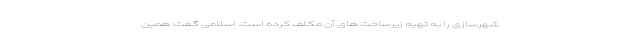
شهرسازی را به تهیه زیرساخت های آن مکلف کرده است. اسلامی گفت: همین